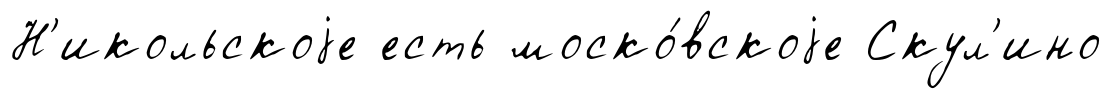
Н'икольскоjе есть моско́вскоjе Скул'ино